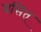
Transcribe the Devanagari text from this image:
ग्रसित्